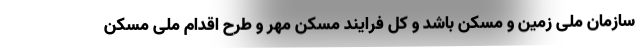
سازمان ملی زمین و مسکن باشد و کل فرایند مسکن مهر و طرح اقدام ملی مسکن